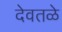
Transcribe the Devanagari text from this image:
देवतळे